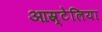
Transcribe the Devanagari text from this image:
आस्र्टेलिया